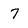
Character: 7